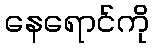
နေရောင်ကို